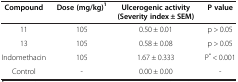
<table><thead><tr><td><b>Compound</b></td><td><b>Dose (mg/kg)<sup>1</sup></b></td><td><b>Ulcerogenic activity (Severity index ± SEM)</b></td><td><b>P value</b></td></tr></thead><tbody><tr><td>11</td><td>105</td><td>0.50 ± 0.01</td><td>p &gt; 0.05</td></tr><tr><td>13</td><td>105</td><td>0.58 ± 0.08</td><td>p &gt; 0.05</td></tr><tr><td>Indomethacin</td><td>105</td><td>1.67 ± 0.333</td><td>P<sup>*</sup> &lt; 0.001</td></tr><tr><td>Control</td><td>-</td><td>0.00 ± 0.00</td><td>-</td></tr></tbody></table>